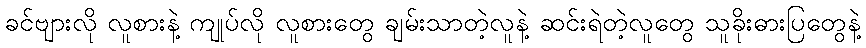
ခင်ဗျားလို လူစားနဲ့ ကျုပ်လို လူစားတွေ ချမ်းသာတဲ့လူနဲ့ ဆင်းရဲတဲ့လူတွေ သူခိုးဓားပြတွေနဲ့